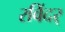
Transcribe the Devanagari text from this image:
रविंदर्